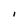
Character: 1